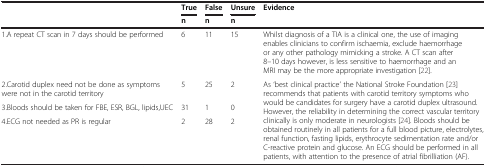
<table><thead><tr><td rowspan="2"><b> </b></td><td><b>True</b></td><td><b>False</b></td><td><b>Unsure</b></td><td><b>Evidence</b></td></tr><tr><td><b>n</b></td><td><b>n</b></td><td><b>n</b></td><td></td></tr></thead><tbody><tr><td>1.A repeat CT scan in 7 days should be performed</td><td>6</td><td>11</td><td>15</td><td>Whilst diagnosis of a TIA is a clinical one, the use of imaging enables clinicians to confirm ischaemia, exclude haemorrhage or any other pathology mimicking a stroke. A CT scan after 8–10 days however, is less sensitive to haemorrhage and an MRI may be the more appropriate investigation [22].</td></tr><tr><td>2.Carotid duplex need not be done as symptoms were not in the carotid territory</td><td>5</td><td>25</td><td>2</td><td rowspan="3">As ‘best clinical practice’ the National Stroke Foundation [23] recommends that patients with carotid territory symptoms who would be candidates for surgery have a carotid duplex ultrasound. However, the reliability in determining the correct vascular territory clinically is only moderate in neurologists [24]. Bloods should be obtained routinely in all patients for a full blood picture, electrolytes, renal function, fasting lipids, erythrocyte sedimentation rate and/or C-reactive protein and glucose. An ECG should be performed in all patients, with attention to the presence of atrial fibrilliation (AF).</td></tr><tr><td>3.Bloods should be taken for FBE, ESR, BGL, lipids,UEC</td><td>31</td><td>1</td><td>0</td></tr><tr><td>4.ECG not needed as PR is regular</td><td>2</td><td>28</td><td>2</td></tr></tbody></table>